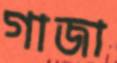
গাজা